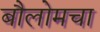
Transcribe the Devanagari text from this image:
बौलोमचा